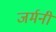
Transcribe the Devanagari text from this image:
जर्मनी